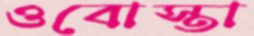
ওবোস্তা